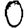
Digit: 0